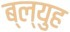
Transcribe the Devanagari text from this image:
ब्ल्युह